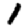
Digit: 1